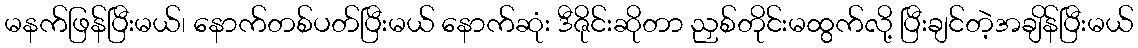
မနက်ဖြန်ပြီးမယ်၊ နောက်တစ်ပတ်ပြီးမယ် နောက်ဆုံး ဒီဇိုင်းဆိုတာ ညှစ်တိုင်းမထွက်လို့ ပြီးချင်တဲ့အချိန်ပြီးမယ်